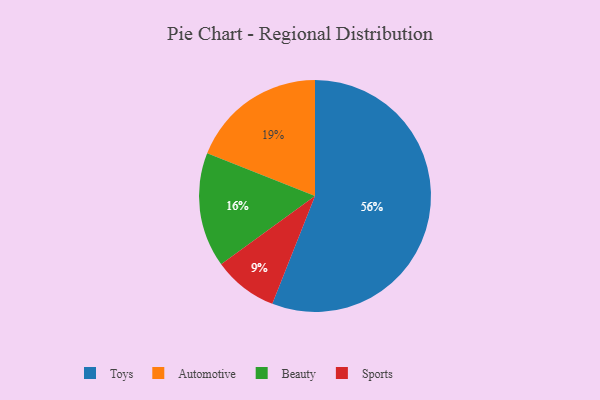
{"axis": {"x": "Category", "y": "Percentage"}, "legend": ["Automotive", "Beauty", "Sports", "Toys"], "data": [{"x": "Sports", "y": 9, "type": "Sports"}, {"x": "Automotive", "y": 19, "type": "Automotive"}, {"x": "Toys", "y": 56, "type": "Toys"}, {"x": "Beauty", "y": 16, "type": "Beauty"}]}